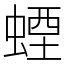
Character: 䗎